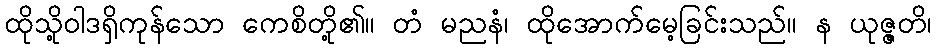
ထိုသို့ဝါဒရှိကုန်သော ကေစိတို့၏။ တံ မညနံ၊ ထိုအောက်မေ့ခြင်းသည်။ န ယုဇ္ဇတိ၊